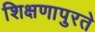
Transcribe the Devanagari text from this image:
शिक्षणापुरते